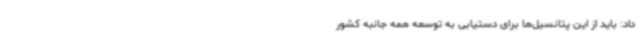
داد: باید از این پتانسیل‌ها برای دستیابی به توسعه همه جانبه کشور